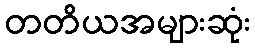
တတိယအများဆုံး